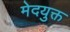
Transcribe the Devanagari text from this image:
मेदयुक्त